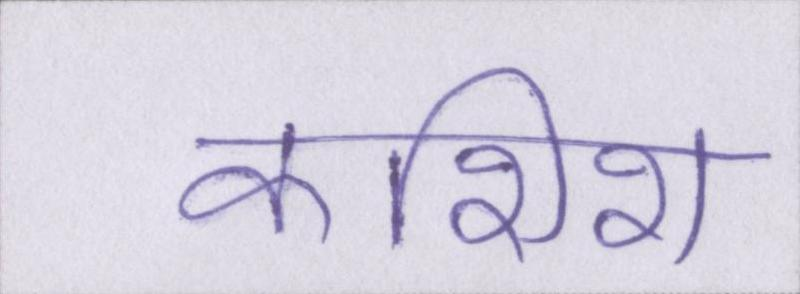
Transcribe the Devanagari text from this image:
कशिश